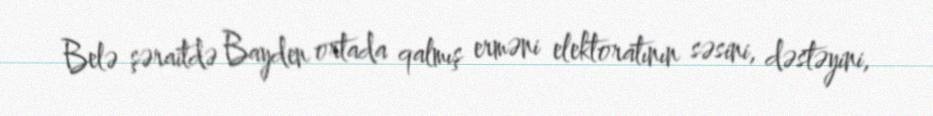
Belə şəraitdə Bayden ortada qalmış erməni elektoratının səsini, dəstəyini,